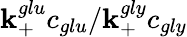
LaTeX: \mathbf{k}_{+}^{glu}c_{glu}/\mathbf{k}_{+}^{gly}c_{gly}